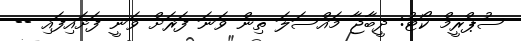
ސުޕްރީމް ކޯޓު: ދީބާޖާ މައްސަލަ ތިން ވަނަ ފަރަށް ވަނީ ފަށައިފައި --